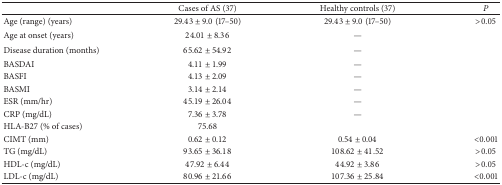
<table><thead><tr><td><b> </b></td><td><b>Cases of AS (37)</b></td><td><b>Healthy controls (37)</b></td><td><b><i>P</i></b></td></tr></thead><tbody><tr><td>Age (range) (years)</td><td>29.43 ± 9.0 (17–50)</td><td>29.43 ± 9.0 (17–50)</td><td>&gt;0.05</td></tr><tr><td>Age at onset (years)</td><td>24.01 ± 8.36</td><td>—</td><td> </td></tr><tr><td>Disease duration (months)</td><td>65.62 ± 54.92</td><td>—</td><td> </td></tr><tr><td>BASDAI</td><td>4.11 ± 1.99</td><td>—</td><td> </td></tr><tr><td>BASFI</td><td>4.13 ± 2.09</td><td>—</td><td> </td></tr><tr><td>BASMI</td><td>3.14 ± 2.14</td><td>—</td><td> </td></tr><tr><td>ESR (mm/hr)</td><td>45.19 ± 26.04</td><td>—</td><td> </td></tr><tr><td>CRP (mg/dL)</td><td>7.36 ± 3.78</td><td>—</td><td> </td></tr><tr><td>HLA-B27 (% of cases)</td><td>75.68</td><td> </td><td> </td></tr><tr><td>CIMT (mm)</td><td>0.62 ± 0.12</td><td>0.54 ± 0.04</td><td>&lt;0.001</td></tr><tr><td>TG (mg/dL)</td><td>93.65 ± 36.18</td><td>108.62 ± 41.52</td><td>&gt;0.05</td></tr><tr><td>HDL-c (mg/dL)</td><td>47.92 ± 6.44</td><td>44.92 ± 3.86</td><td>&gt;0.05</td></tr><tr><td>LDL-c (mg/dL)</td><td>80.96 ± 21.66</td><td>107.36 ± 25.84</td><td>&lt;0.001</td></tr></tbody></table>